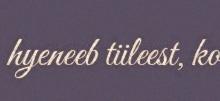
hyeneeb tiileest, ko